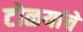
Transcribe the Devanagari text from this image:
टोळयांचे